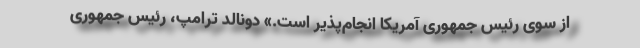
از سوی رئیس جمهوری آمریکا انجام‌پذیر است.» دونالد ترامپ، رئیس جمهوری